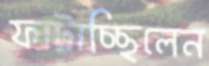
ফাটাচ্ছিলেন